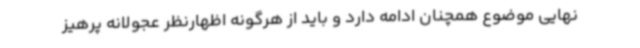
نهایی موضوع همچنان ادامه دارد و باید از هرگونه اظهارنظر عجولانه پرهیز